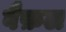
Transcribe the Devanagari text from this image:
वैफ़ल